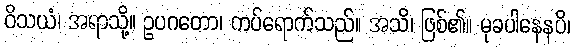
ဝိသယံ၊ အရာသို့။ ဥပဂတော၊ ကပ်ရောက်သည်။ အသိ၊ ဖြစ်၏။ မုခပါနေနပိ၊